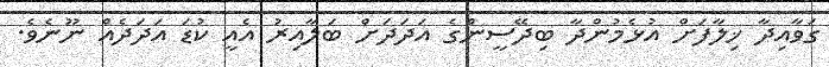
ގަވާއިދާ ޚިލާފަށް އުޅެމުންދާ ބިދޭސީންގެ އަދަދަށް ބަލާއިރު އެއީ ކުޑަ އަދަދެއް ނޫނެވެ.